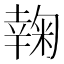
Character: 𰏮